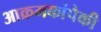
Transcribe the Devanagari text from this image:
आक्रमकांपैकी